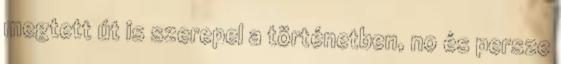
megtett út is szerepel a történetben, no és persze